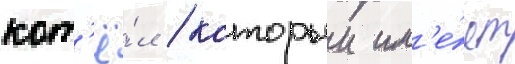
кот'ё́л / которыи им'е́ет